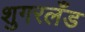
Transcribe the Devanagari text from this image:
शुगरलँड